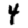
Digit: 4